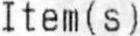
ITEM(S)